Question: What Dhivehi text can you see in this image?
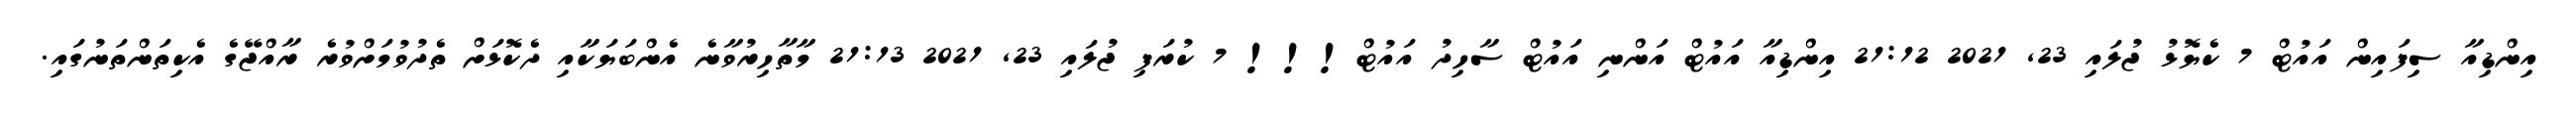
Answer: އިންޑިއާ ސިފައިން އައުޓް 7 ކެޔޮޅު ޖުލައި 23, 2021 21:12 އިންޑިއާ އައުޓް އަންނި އައުޓް ސާހިދު އައުޓް!!! 7 ކުރަފި ޖުލައި 23, 2021 21:13 މާތާހިރުވާނެ އެންބަޔަކާއި ދެކޮޅަށް ތެދުވުމަށްވުރެ ރާއްޖޭގެ އެކިތަންތަނުގައި.